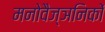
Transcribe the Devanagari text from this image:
मनोवैज्ञनिकों